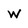
Character: w